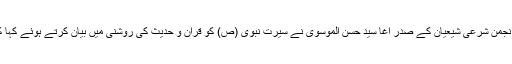
کانفرنس سے خطاب کرتے ہوئے جموں و کشمیر انجمن شرعی شیعیان کے صدر آغا سید حسن الموسوی نے سیرت نبوی (ص) کو قرآن و حدیث کی روشنی میں بیان کرتے ہوئے کہا کہ اس طرح کے پروگرام کا انعقاد ہوتا رہنا چاہئے۔